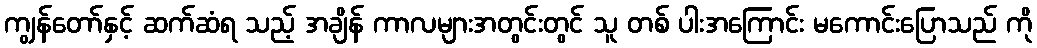
ကျွန်တော်နှင့် ဆက်ဆံရ သည့် အချိန် ကာလများအတွင်းတွင် သူ တစ် ပါးအကြောင်း မကောင်းပြောသည် ကို